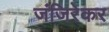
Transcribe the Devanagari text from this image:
जंजिरेकर